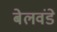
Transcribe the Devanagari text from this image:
बेलवंडे